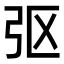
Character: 𫸩